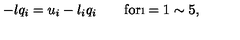
- l q _ { i } = u _ { i } - l _ { i } q _ { i } \quad \quad \mathrm { f o r } \i = 1 \sim 5 ,